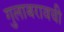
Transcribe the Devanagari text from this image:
गुलाबरावची